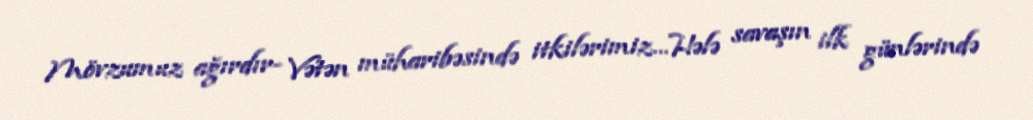
Mövzumuz ağırdır- Vətən müharibəsində itkilərimiz…Hələ savaşın ilk günlərində